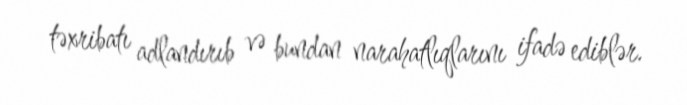
təxribatı adlandırıb və bundan narahatlıqlarını ifadə ediblər.